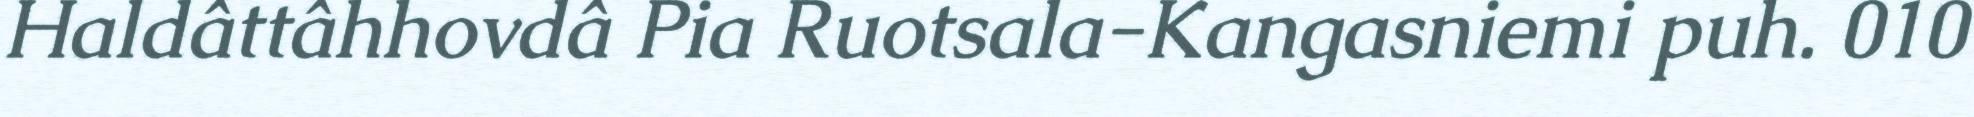
Haldâttâhhovdâ Pia Ruotsala-Kangasniemi puh. 010